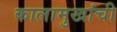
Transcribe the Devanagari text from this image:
कालामुखांची